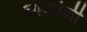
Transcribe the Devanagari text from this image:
आकांशी